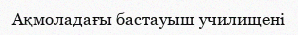
Ақмоладағы бастауыш училищені